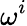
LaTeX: \omega^{i}